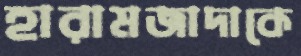
হারামজাদাকে